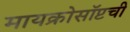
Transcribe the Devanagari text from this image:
मायक्रोसॉप्टची